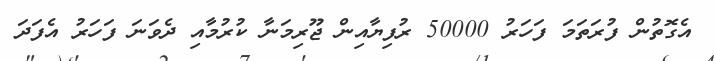
އެގޮތުން ފުރަތަމަ ފަހަރު 50000 ރުފިޔާއިން ޖޫރިމަނާ ކުރުމާއި ދެވަނަ ފަހަރު އެފަދަ